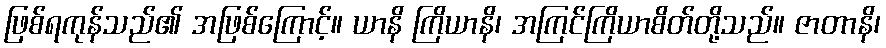
ဖြစ်ရကုန်သည်၏ အဖြစ်ကြောင့်။ ယာနိ ကြိယာနိ၊ အကြင်ကြိယာစိတ်တို့သည်။ ဇာတာနိ၊